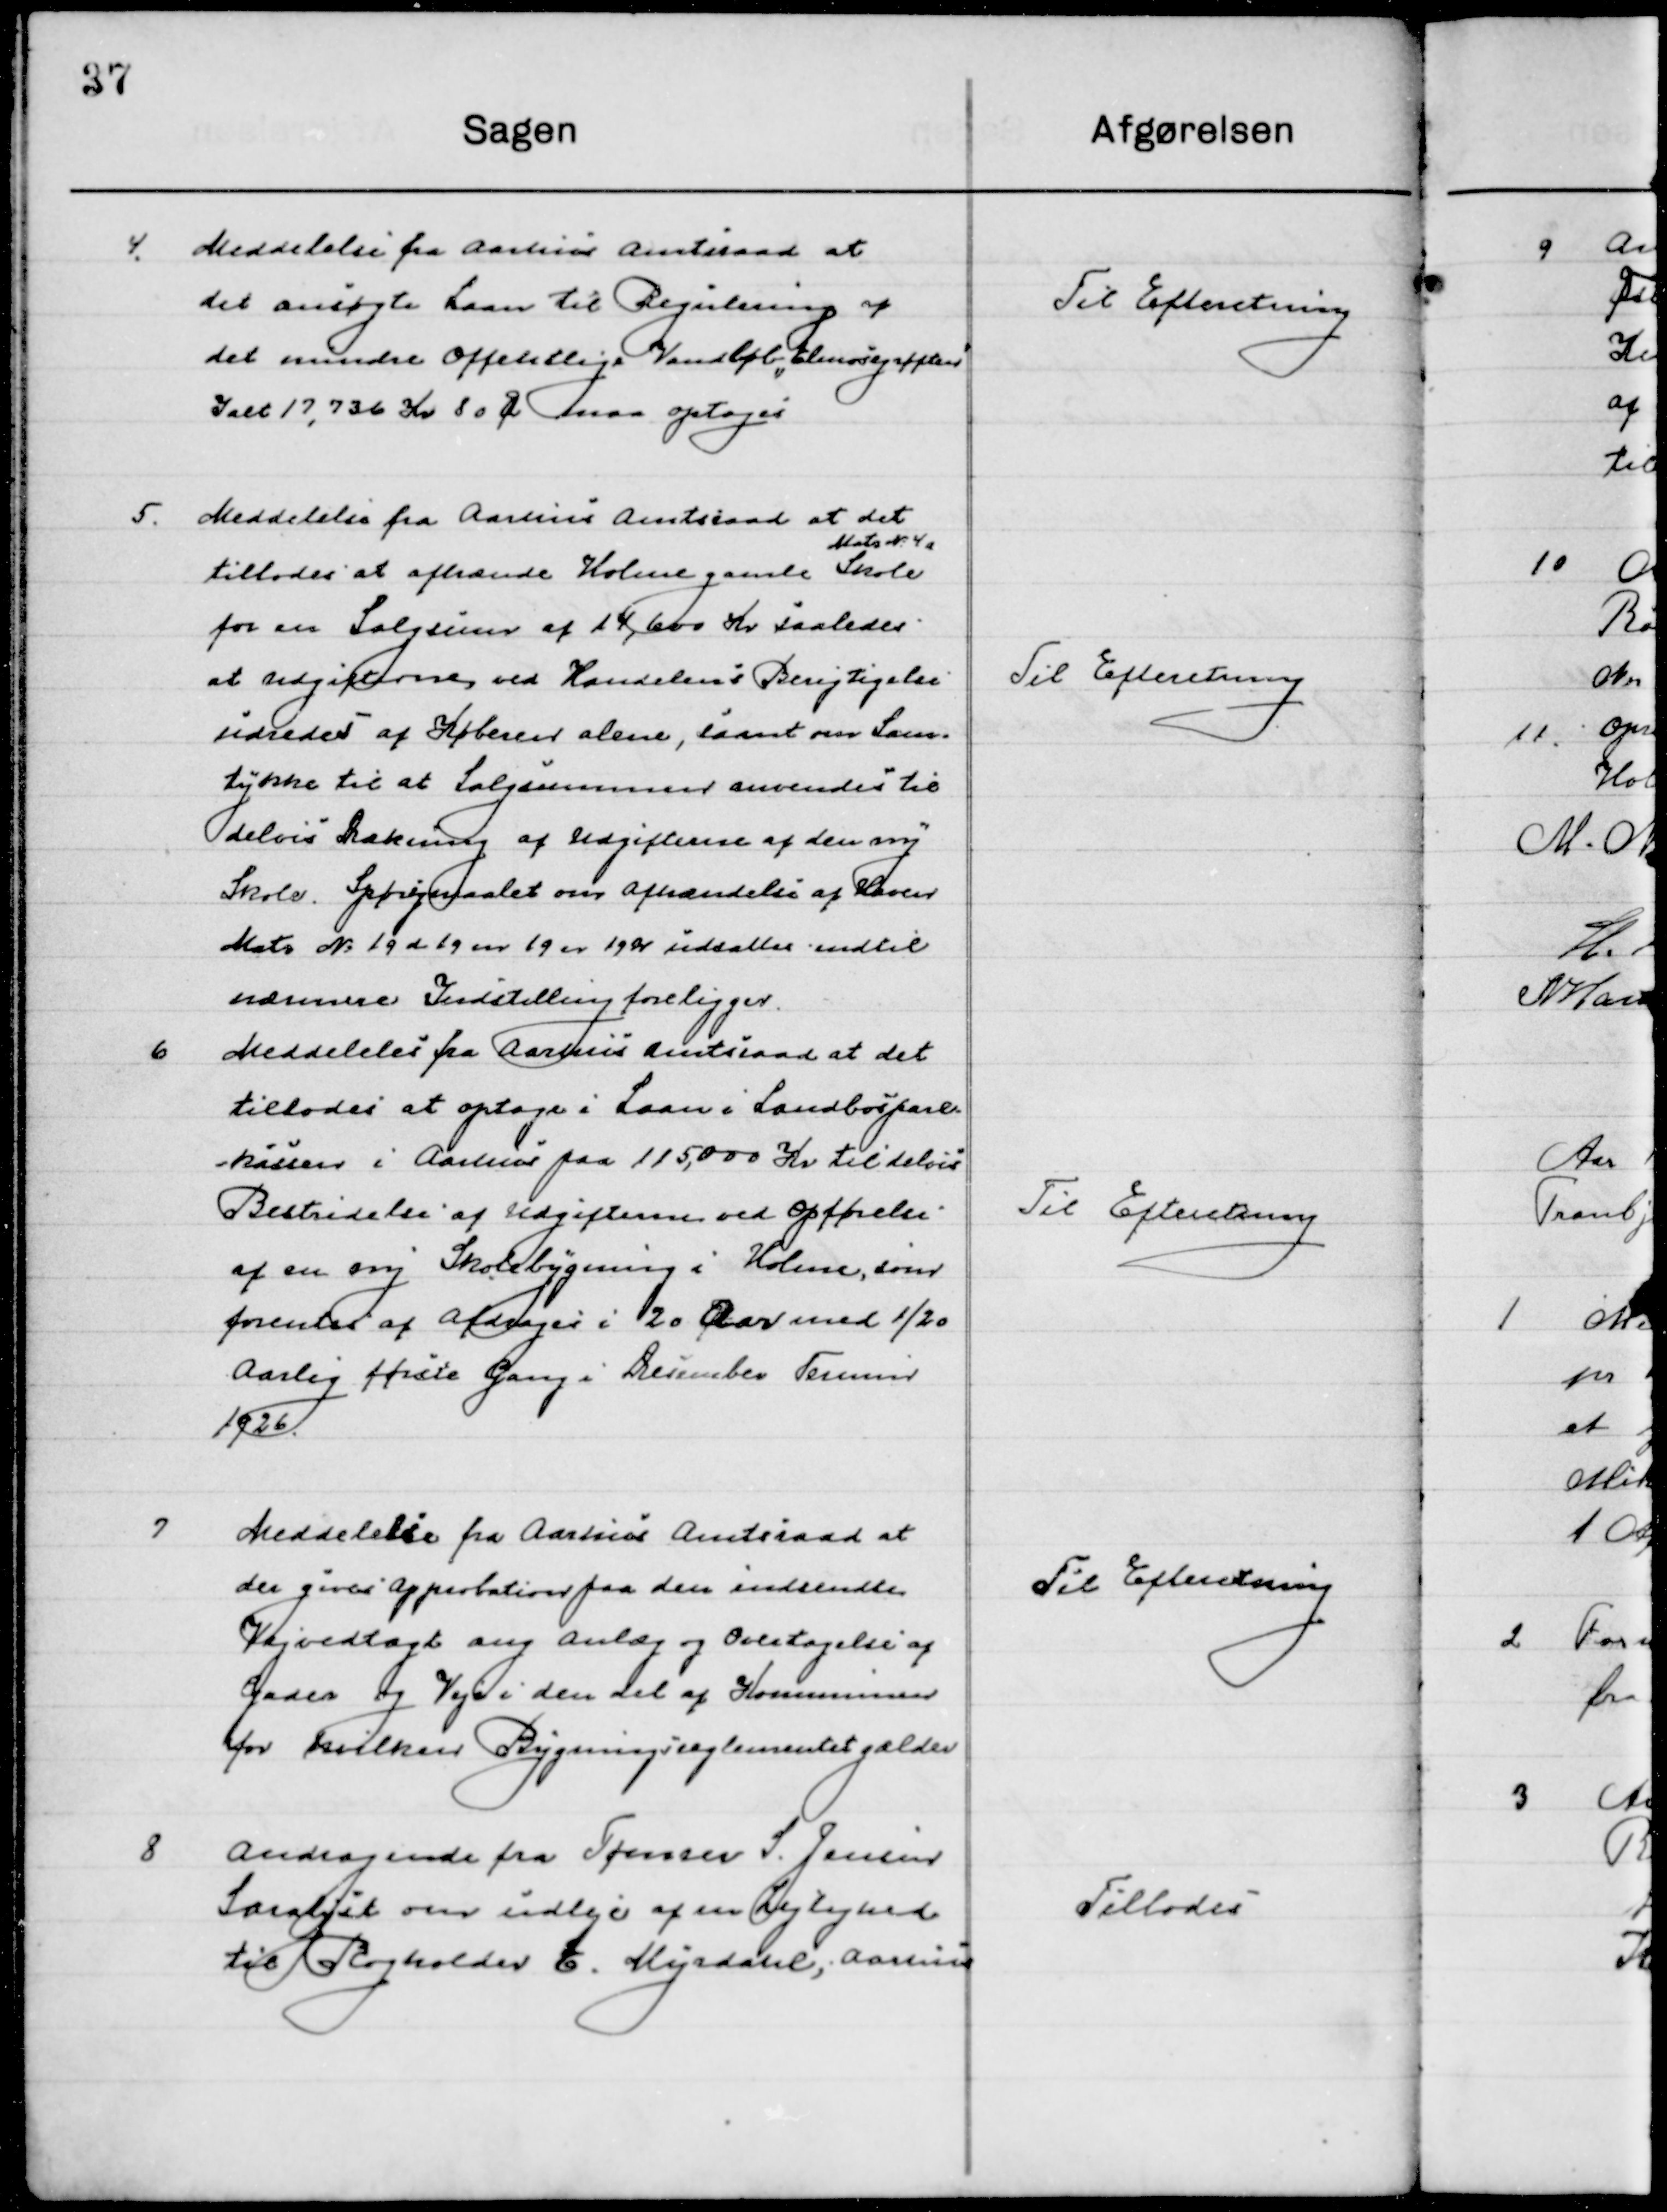
Transskription:
4

Meddelelse fra Aarhus Amtsraad at 
det ansøgte Laan til Regulering af
det mindre Offentlige Vandløb ”Elmose grøften”
I alt 17,736 Kr. 80 Øre maa optages.

Til Efterretning

5

Meddelelse fra Aarhus Amtsraad at det
tillodes at afhænde Holme gamle Skole 
Matr. No. 4 a
for en Salgssum af 14,600 Kr. saaledes
at Udgifterne ved Handlens Betingelse
udredes af Køberen alene, samt om Sam-
tykke til at Salgssummen anvendes til
delvis Dækning af Udgifterne af en ny
Skole. Spørgsmaalet om afhændelse af Haven
Matr. № 19 d 19 m 19 er 19 ør udsættes indtil
nærmere Indstilling foreligger.

Til Efterretning

6

Meddelelse fra Aarhus Amtsraad at det
tillodes at optage i Laan i Landbospare-
kassen i Aarhus paa 115,000 Kr. til delvis
Bestemmelse af Udgifterne ved Opførelse
af en ny Skolebygning i Holme, som
forventes at Afdrages i 20 Aar med 1/20
Aarlig første Gang i December Termin
1926.

Til Efterretning

7

Meddelelse fra Aarhus Amtsraad at
der gives Approbation paa den indsendte
Vejvedtaget ang. Anlæg og Overtagelse af
Gade og Veje i den del af Kommunen 
for hvilken Bygningsreglement gælder.

Til Efterretning

8

Andragende fra Tømrer S. Jensen
Saralyst om udleje af en Lejlighed
til Bogholder E. Mejdahl, Aarhus

Tillodes